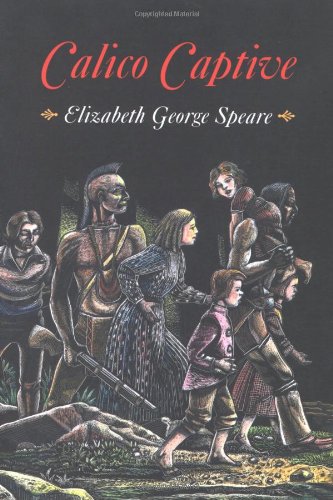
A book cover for Calico Captive; Elizabeth George Speare; Children's Books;